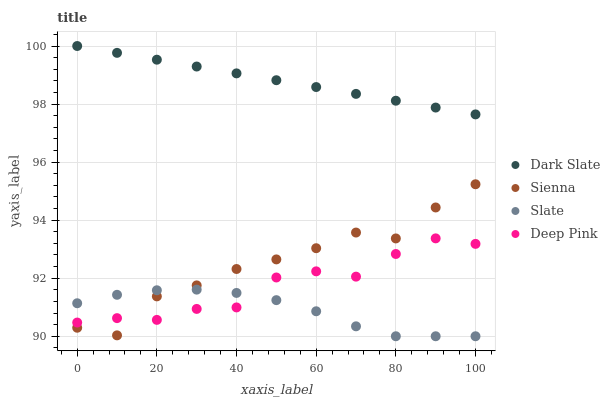
| xaxis_label | Dark Slate | Sienna | Slate | Deep Pink |
 | --- | --- | --- | --- | --- |
 | 0 | 100 | 90.3 | 91.1 | 90.5 |
 | 10 | 99.8 | 90 | 91.4 | 90.6 |
 | 20 | 99.5 | 91.4 | 91.6 | 90.6 |
 | 30 | 99.3 | 91.8 | 91.6 | 90.9 |
 | 40 | 99.1 | 92.3 | 91.5 | 91 |
 | 50 | 98.8 | 92.6 | 91.2 | 92 |
 | 60 | 98.6 | 93 | 90.9 | 92.2 |
 | 70 | 98.4 | 93.6 | 90.3 | 92.1 |
 | 80 | 98.1 | 93.4 | 90 | 92.8 |
 | 90 | 97.9 | 94.4 | 90 | 93.4 |
 | 100 | 97.6 | 95.2 | 90 | 93.2 |